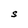
Character: S